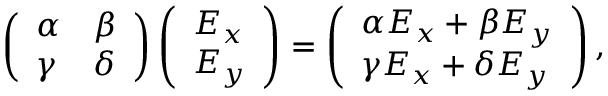
\left( \begin{array} { l l } { { \alpha } } & { { \beta } } \\ { { \gamma } } & { { \delta } } \end{array} \right) \left( \begin{array} { l } { { E _ { x } } } \\ { { E _ { y } } } \end{array} \right) = \left( \begin{array} { l } { { \alpha E _ { x } + \beta E _ { y } } } \\ { { \gamma E _ { x } + \delta E _ { y } } } \end{array} \right) ,